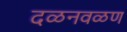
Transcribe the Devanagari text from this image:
दळनवळण